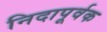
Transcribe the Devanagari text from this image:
निदापूर्वक